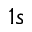
1 s